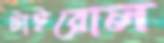
টাইরোল